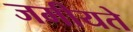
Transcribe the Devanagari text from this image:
जमीयते